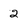
Character: 2